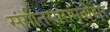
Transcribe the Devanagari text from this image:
संगीतसारामृतोद्धार